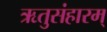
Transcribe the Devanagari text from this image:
ऋतुसंहारम्